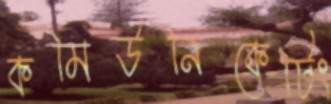
কমিউনিকেটিং